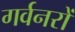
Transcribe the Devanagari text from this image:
गर्वनरों